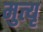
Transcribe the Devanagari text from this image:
मुत्यृ